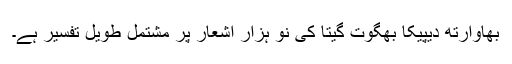
بھاوارتھ دیپیکا بھگوت گیتا کی نو ہزار اشعار پر مشتمل طویل تفسیر ہے۔